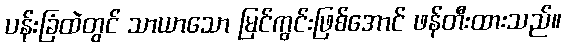
ပန်းခြံထဲတွင် သာယာသော မြင်ကွင်းဖြစ်အောင် ဖန်တီးထားသည်။